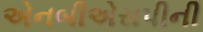
એનબીએસપીની